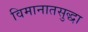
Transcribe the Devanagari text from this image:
विमानातसुद्धा